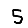
Digit: 5